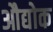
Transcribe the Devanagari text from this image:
औद्योक